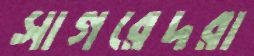
সাগরেদরা